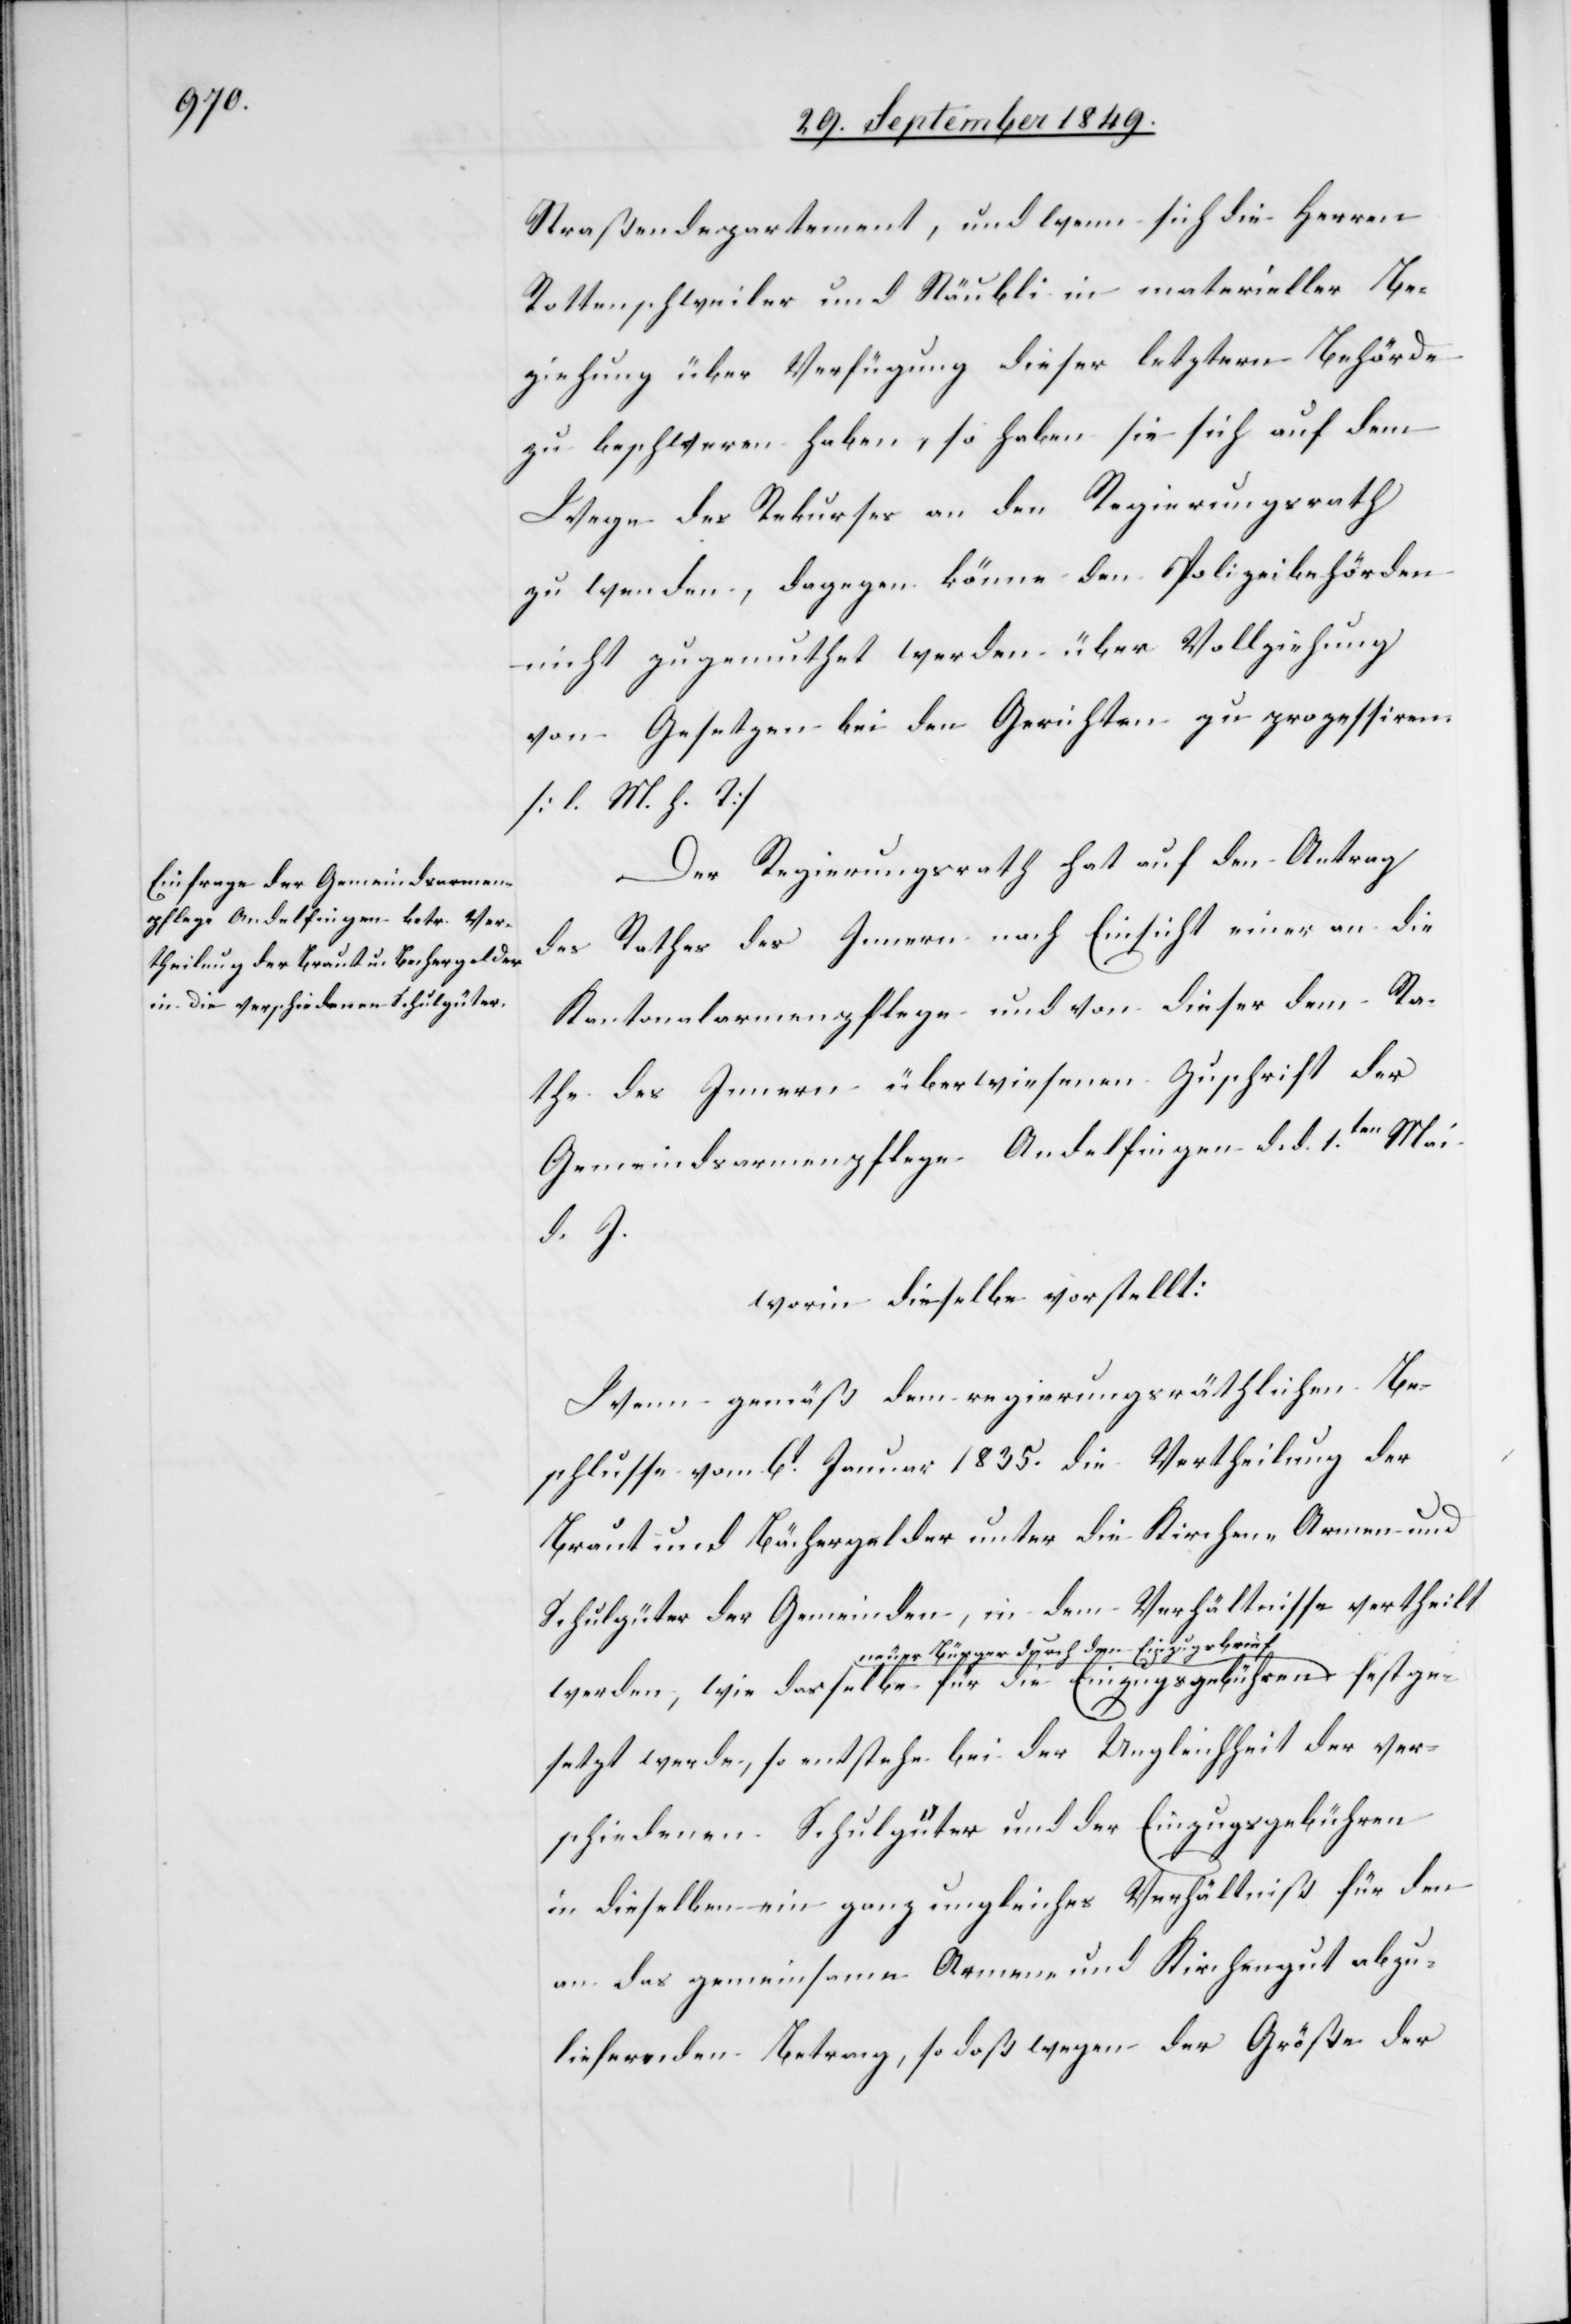
festg¬

Straßendepartement, und wenn sich die Herren
Rottenschweiler und Stäubli in materieller Be¬
ziehung über Verfügung dieser letztern Behörde
zu beschweren haben, so haben sie sich auf dem
Wege des Rekurses an den Regierungsrath
zu wenden, dagegen könne den Polizeibehörden
nicht zugemuthet werden über Vollziehung
von Gesetzen bei den Gerichten zu prozessiren.
[l. M. h. T]
Der Regierungsrath hat auf den Antrag
des Rathes des Innern nach Einsicht einer an die
Kantonalarmenpflege und von dieser dem Ra¬
the des Innern überwiesenen Zuschrift der
Gemeindsarmenpflege Andelfingen d. d. 1ten Mai
d. J.
worin dieselbe vorstellt:
Wenn gemäß dem regierungsräthlichen Be¬
schlusse vom 6t Januar 1835. die Vertheilung der
Braut und Bächergelder unter die Kirchen- Armen- und
Schulgüter der Gemeinden, in dem Verhältnisse vertheilt
a-neuer Bürger durch den Einzugsbrief-a
esetzt werde, so entstehe bei der Ungleichheit der ver¬
schiedenen Schulgüter und der Einzugsgebühren
in dieselben ein ganz ungleiches Verhältniß für den
an das gemeinsame Armen- und Kirchengut abzu¬
liefernden Betrag, so daß wegen der Größe der